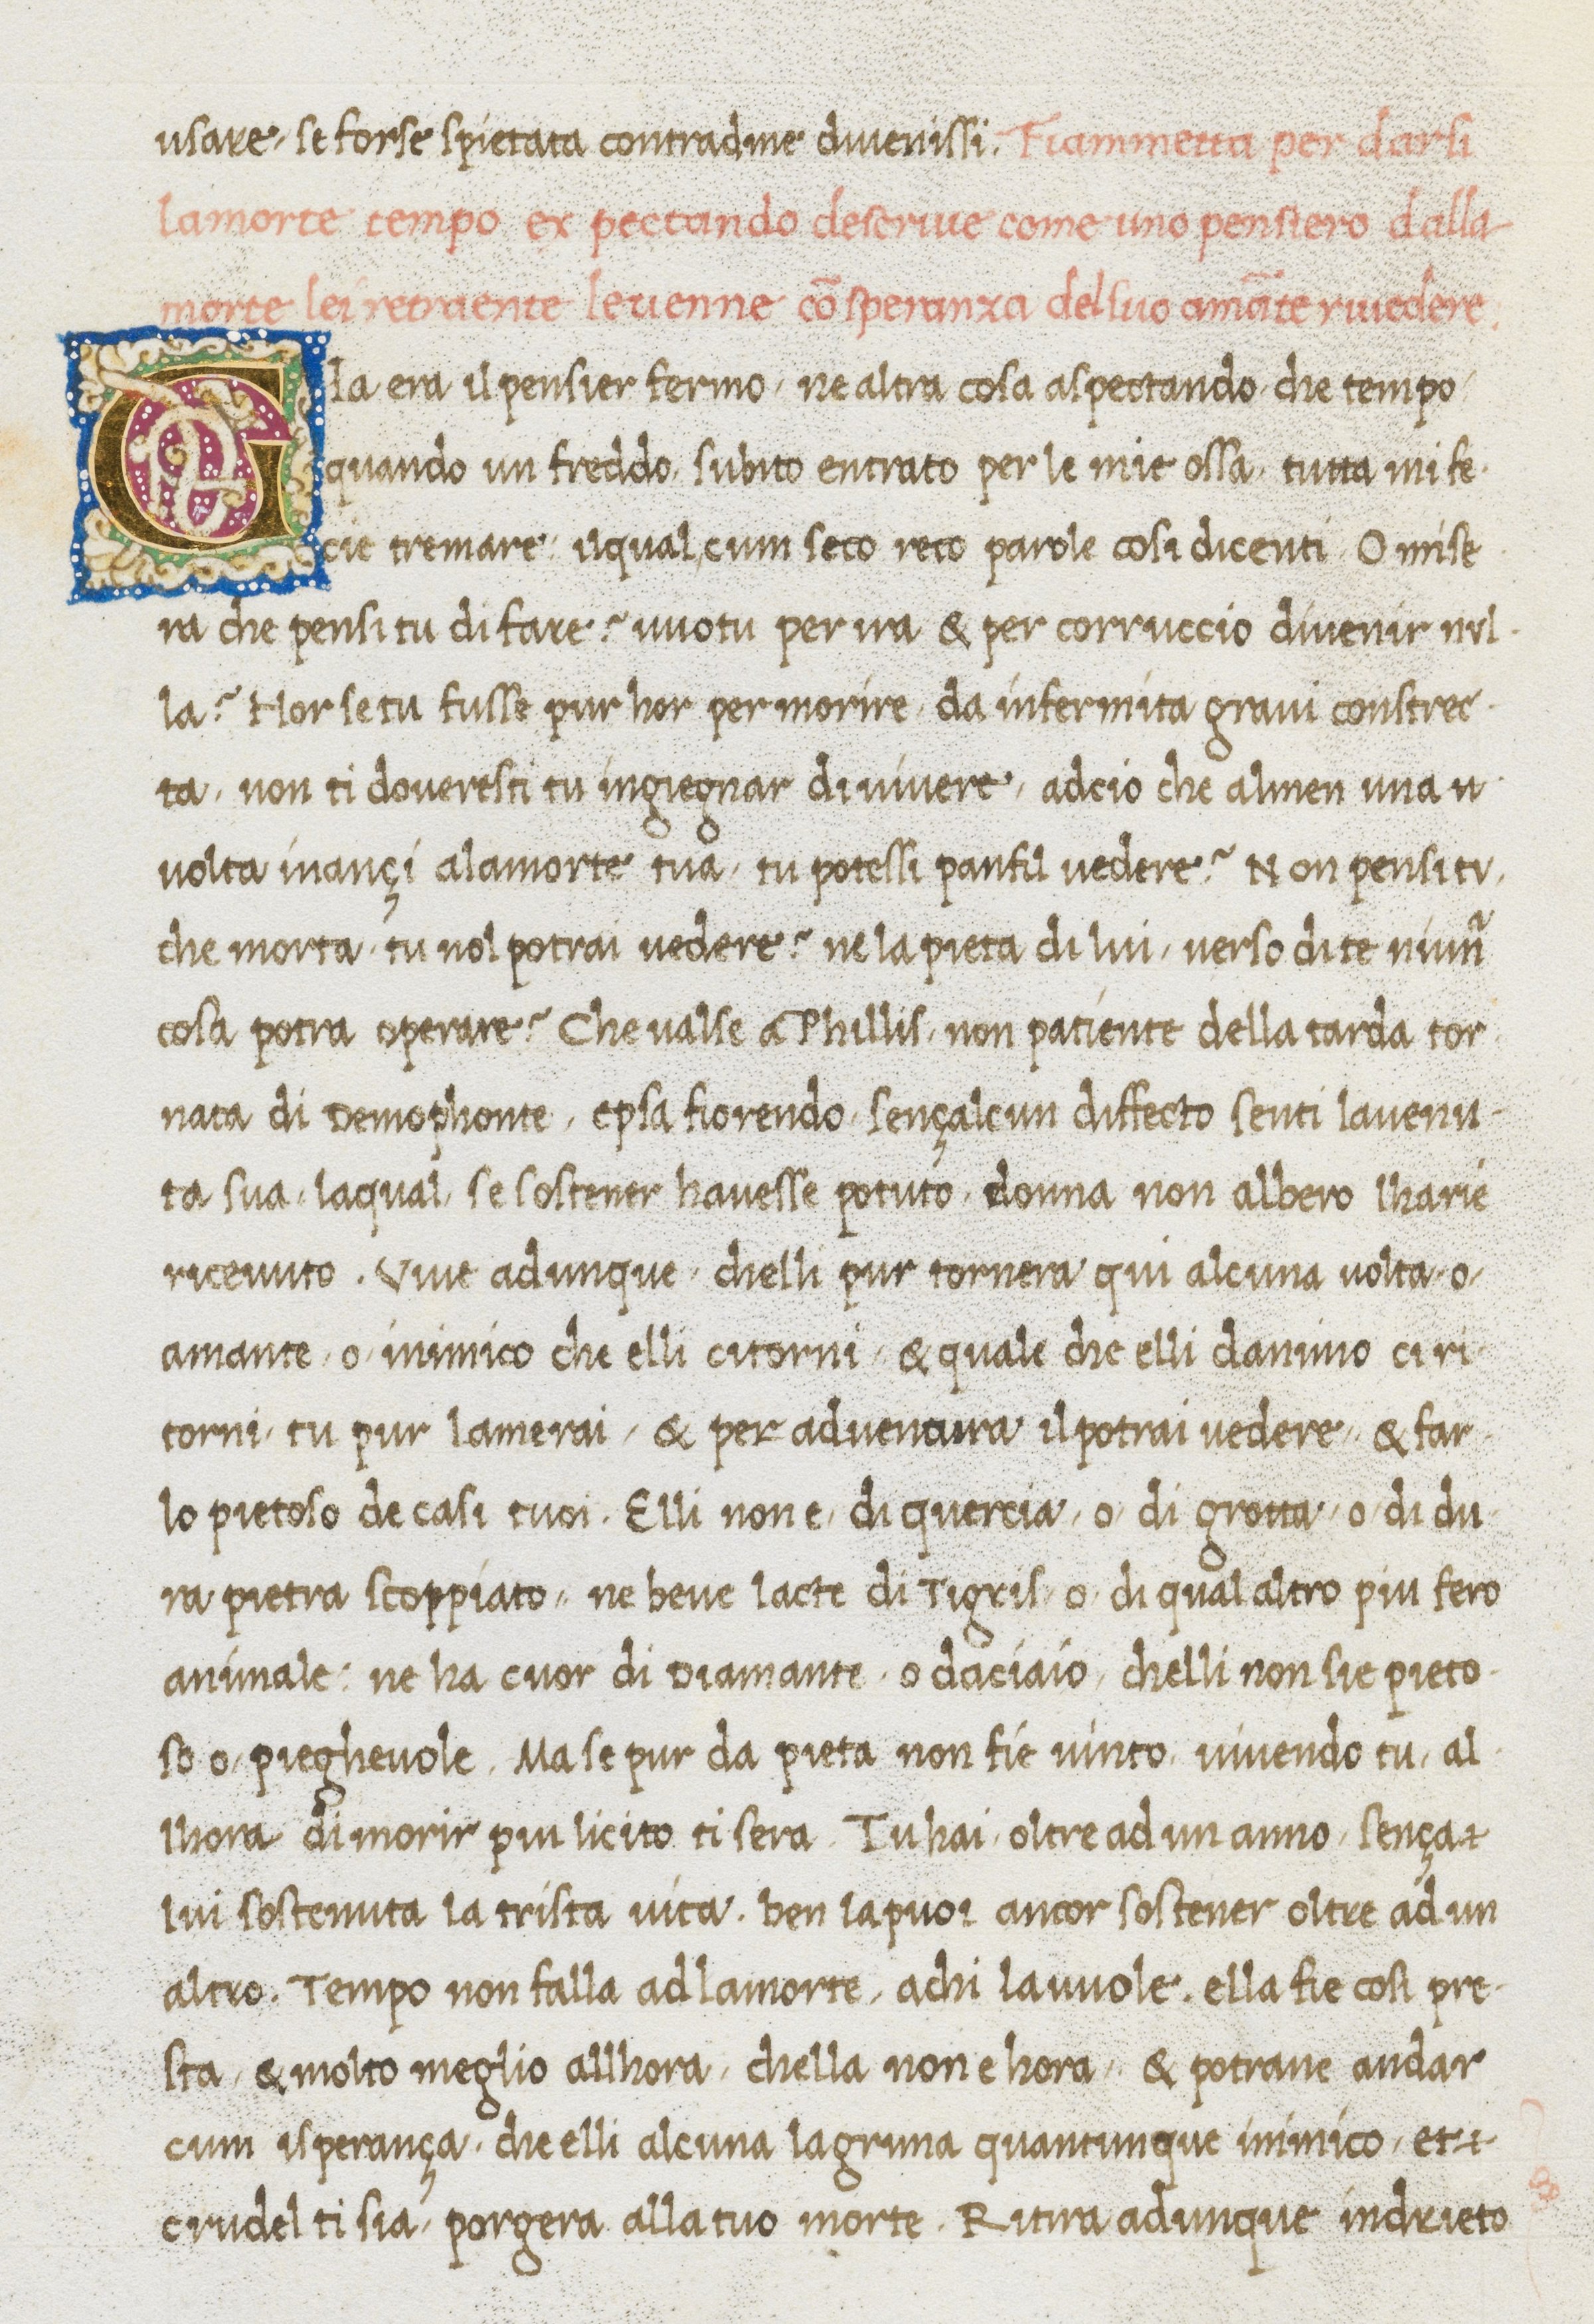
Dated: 1467–1467